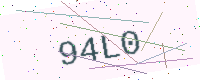
Text: 94L0